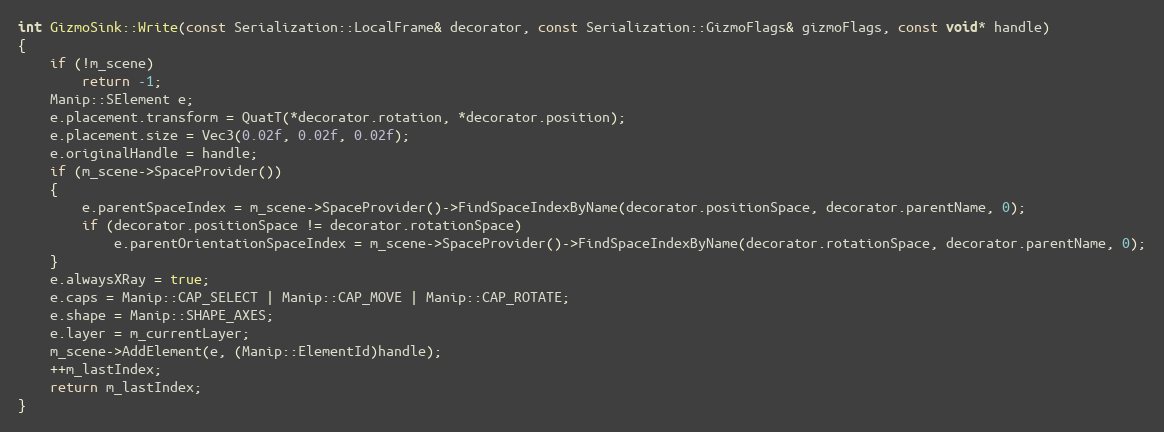
Language: C++
int GizmoSink::Write(const Serialization::LocalFrame& decorator, const Serialization::GizmoFlags& gizmoFlags, const void* handle)
{
	if (!m_scene)
		return -1;
	Manip::SElement e;
	e.placement.transform = QuatT(*decorator.rotation, *decorator.position);
	e.placement.size = Vec3(0.02f, 0.02f, 0.02f);
	e.originalHandle = handle;
	if (m_scene->SpaceProvider())
	{
		e.parentSpaceIndex = m_scene->SpaceProvider()->FindSpaceIndexByName(decorator.positionSpace, decorator.parentName, 0);
		if (decorator.positionSpace != decorator.rotationSpace)
			e.parentOrientationSpaceIndex = m_scene->SpaceProvider()->FindSpaceIndexByName(decorator.rotationSpace, decorator.parentName, 0);
	}
	e.alwaysXRay = true;
	e.caps = Manip::CAP_SELECT | Manip::CAP_MOVE | Manip::CAP_ROTATE;
	e.shape = Manip::SHAPE_AXES;
	e.layer = m_currentLayer;
	m_scene->AddElement(e, (Manip::ElementId)handle);
	++m_lastIndex;
	return m_lastIndex;
}